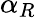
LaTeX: \alpha_{R}